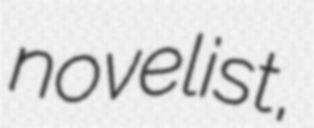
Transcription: novelist,